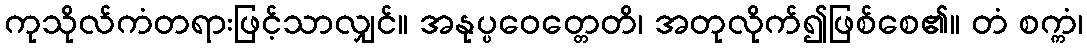
ကုသိုလ်ကံတရားဖြင့်သာလျှင်။ အနုပ္ပဝေတ္တေတိ၊ အတုလိုက်၍ဖြစ်စေ၏။ တံ စက္ကံ၊